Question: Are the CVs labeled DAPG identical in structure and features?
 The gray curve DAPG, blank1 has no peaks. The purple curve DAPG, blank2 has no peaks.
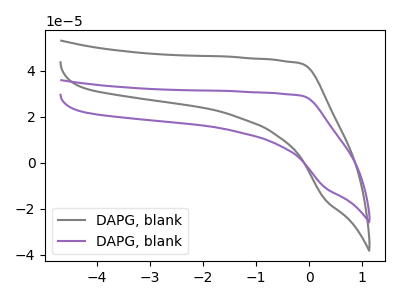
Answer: <think>Neither "DAPG, blank1" or "DAPG, blank2" have any peaks.
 </think>
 <answer>All the CV's of "DAPG" have similar shape.</answer>
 <eval>follow_rule</eval>